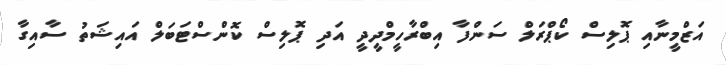
އަޒްމީނާއި ޕޮލިސް ކޯޕްރަލް ސަންފާ އިބްރާހީމްދީދީ އަދި ޕޮލިސް ކޮންސްޓަބަލް އައިޝަތު ސާއިގާ